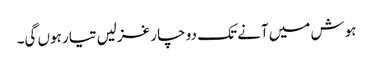
ہوش میں آنے تک دو چار غزلیں تیار ہوں گی۔